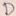
Text: D